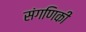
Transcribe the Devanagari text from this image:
संगणिकी